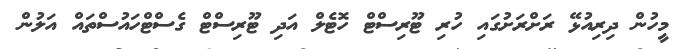
މީހުން ދިރިއުޅޭ ރަށްރަށުގައި ހުރި ޓޫރިސްޓް ހޮޓެލް އަދި ޓޫރިސްޓް ގެސްޓްހައުސްތައް އަލުން